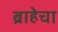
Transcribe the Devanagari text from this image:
ब्राहेचा